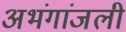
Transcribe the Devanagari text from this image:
अभंगांजली